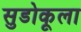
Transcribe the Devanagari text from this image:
सुडोकूला